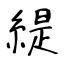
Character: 緹